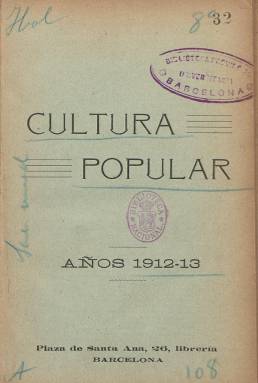
Título: Cultura popular (Barcelona. 1912)
Colección: Cultura
Ámbito geográfico: Barcelona
Lugar de publicación: Barcelona
Fechas: 01/01/1912-31/12/1913

Es una “colección de hojitas que se publican dos al mes”, según se señala en esta publicación de formato reducido y sólo cuatro páginas (sin foliar), que aparece bajo los “auspicios” de la Comisión de la Junta Diocesana de Acción Católica de Barcelona, y con aprobación de la autoridad eclesiástica e impresas “ para repartir entre las clases obreras”. Eran estampadas en la Imprenta de La Hormiga de Oro, la entidad más importante del neocatolicismo integrista y carlista catalán, de fuertes convicciones tradicionalistas y antiliberales.

Las 41 entregas que forman la colección de este título van numeradas, carecen de fecha de aparición, aunque corresponden a los años 1912 y 1913, tal como se indica en la portada que las reúne. Bajo su título, cada entrega va encabezada por un grabado, de carácter humorístico o sarcástico y alguno de ellos religioso, que hace mención al texto impreso en sus cuatro hojitas, que no es otra cosa que breves narraciones en forma de diálogos, firmadas al final con las iniciales M.S.

Para hacerse una idea de la naturaleza de los contenidos de estos breves relatos, citaremos algunos de sus epígrafes: Del cine a la cárcel, Charlatanismo ateo, Lógica socialista, Yo soy librepensador, no creo sino lo que veo, El por qué que muchos son anticlericales, El problema de las asociaciones religiosas, He blasfemado de Dios, ¿qué mal me ha venido?, Los frutos de la escuela laica o Un obrero que discurre.